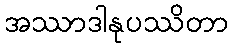
အဿာဒါနုပဿိတာ